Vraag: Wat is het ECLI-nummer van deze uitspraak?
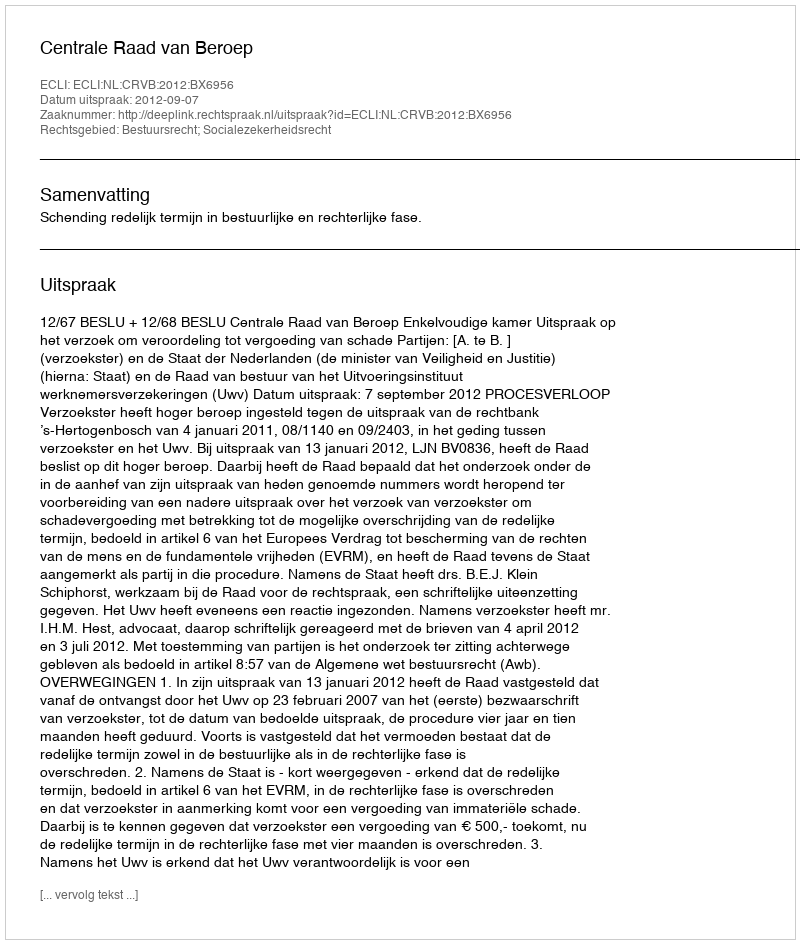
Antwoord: ECLI:NL:CRVB:2012:BX6956